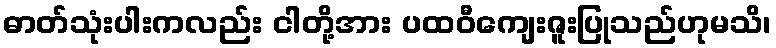
ဓာတ်သုံးပါးကလည်း ငါတို့အား ပထဝီကျေးဇူးပြုသည်ဟုမသိ၊